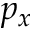
p _ { x }